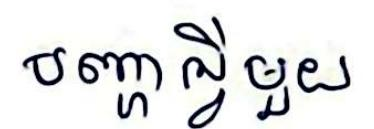
បញ្ហាអ្វីមួយ